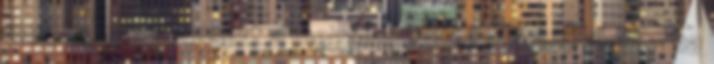
meg. A megkeresett a megállapított határidő alatt - ha